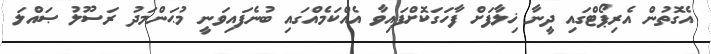
އެގޮތުން އެރިޕޯޓްގައި ދީނާ ޚިލާފަށް ފާހަގަކޮށްފައިވާ އެއްކަމެއްގައި ބުނެފައިވަނީ މުޙަންމަދު ރަސޫލު ޞައްލަ